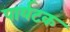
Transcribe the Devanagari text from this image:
पार्यटक